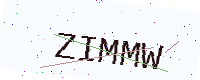
Text: ZIMMW